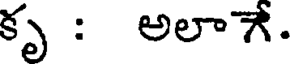
కృ : అలాే.